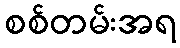
စစ်တမ်းအရ